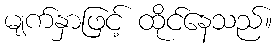
မျက်နှာဖြင့် ထိုင်နေသည်။